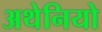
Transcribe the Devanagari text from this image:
अथेनियो